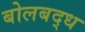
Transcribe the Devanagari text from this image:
बोलबद्ध